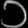
Digit: ၁